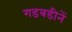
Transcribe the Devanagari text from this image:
गडबडीनें